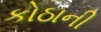
કોઠાની